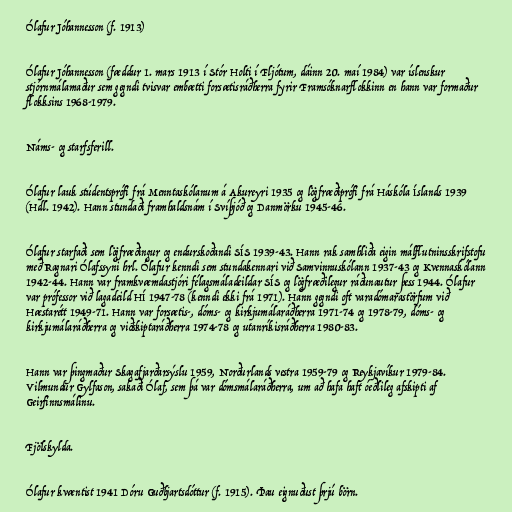
Ólafur Jóhannesson (f. 1913)

Ólafur Jóhannesson (fæddur 1. mars 1913 í Stór Holti í Fljótum, dáinn 20. maí 1984) var íslenskur
stjórnmálamaður sem gegndi tvisvar embætti forsætisráðherra fyrir Framsóknarflokkinn en hann var formaður
flokksins 1968-1979.

Náms- og starfsferill.

Ólafur lauk stúdentsprófi frá Menntaskólanum á Akureyri 1935 og lögfræðiprófi frá Háskóla Íslands 1939
(Hdl. 1942). Hann stundaði framhaldsnám í Svíþjóð og Danmörku 1945-46.

Ólafur starfaði sem lögfræðingur og endurskoðandi SÍS 1939-43. Hann rak samhliða eigin málflutninsskrifstofu
með Ragnari Ólafssyni hrl. Ólafur kenndi sem stundakennari við Samvinnuskólann 1937-43 og Kvennaskólann
1942-44. Hann var framkvæmdastjóri félagsmáladeildar SÍS og lögfræðilegur ráðunautur þess 1944. Ólafur
var prófessor við lagadeild HÍ 1947-78 (kenndi ekki frá 1971). Hann gegndi oft varadómarastörfum við
Hæstarétt 1949-71. Hann var forsætis-, dóms- og kirkjumálaráðherra 1971-74 og 1978-79, dóms- og
kirkjumálaráðherra og viðskiptaráðherra 1974-78 og utanríkisráðherra 1980-83.

Hann var þingmaður Skagafjarðarsýslu 1959, Norðurlands vestra 1959-79 og Reykjavíkur 1979-84.
Vilmundur Gylfason, sakaði Ólaf, sem þá var dómsmálaráðherra, um að hafa haft óeðlileg afskipti af
Geirfinnsmálinu.

Fjölskylda.

Ólafur kvæntist 1941 Dóru Guðbjartsdóttur (f. 1915). Þau eignuðust þrjú börn.